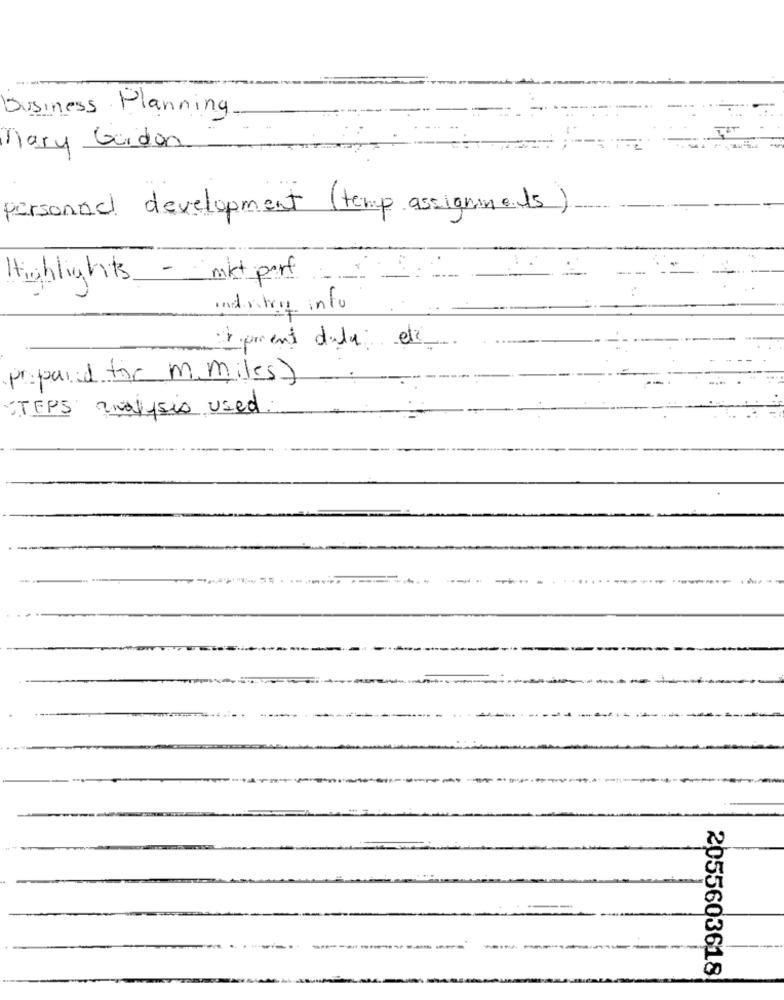
Business Planning
Mary Gordon
personal development (temp assignments)
Highlights - mkt part
indietro info
Parent dula etc
prepared for m. miles)
STEPS analysis used.
2055603618